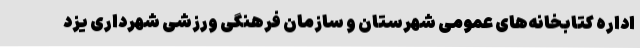
اداره کتابخانه‌های عمومی شهرستان و سازمان فرهنگی ورزشی شهرداری یزد